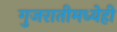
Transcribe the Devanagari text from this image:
गुजरातीमध्येही